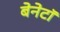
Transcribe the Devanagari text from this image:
बेनेटॉ